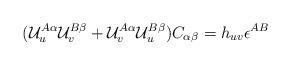
LaTeX: \begin{align*}({\cal U}^{A\alpha}_u {\cal U}^{B\beta}_v + {\cal U}^{A\alpha}_v {\cal U}^{B\beta}_u) C_{\alpha\beta}= h_{uv} \epsilon^{AB}\end{align*}